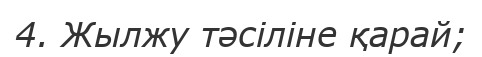
4. Жылжу тәсіліне қарай;